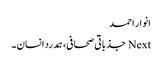
انوار احمد
Next جذباتی صحافی،ہمدرد انسان ۔